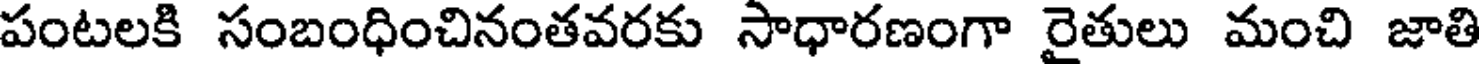
పంటలకి సంబంధించినంతవరకు సాధారణంగా రైతులు మంచి జాతి